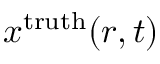
x ^ { \mathrm { { t r u t h } } } ( r , t )